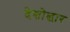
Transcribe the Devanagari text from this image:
देशोद्धार